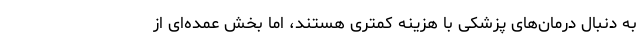
به دنبال درمان‌های پزشکی با هزینه کمتری هستند، اما بخش عمده‌ای از